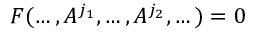
F ( \dots , A ^ { j _ { 1 } } , \dots , A ^ { j _ { 2 } } , \dots ) = 0